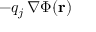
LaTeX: - q _ { j } \, \nabla \Phi ( \mathbf { r } )